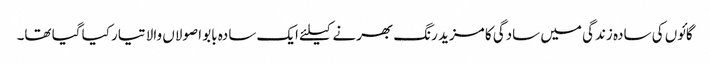
گائوں کی سادہ زندگی میں سادگی کا مزید رنگ بھرنے کیلئے ایک سادہ بابو اصولاں والا تیار کیا گیا تھا۔